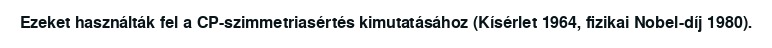
Ezeket használták fel a CP-szimmetriasértés kimutatásához (Kísérlet 1964, fizikai Nobel-díj 1980).